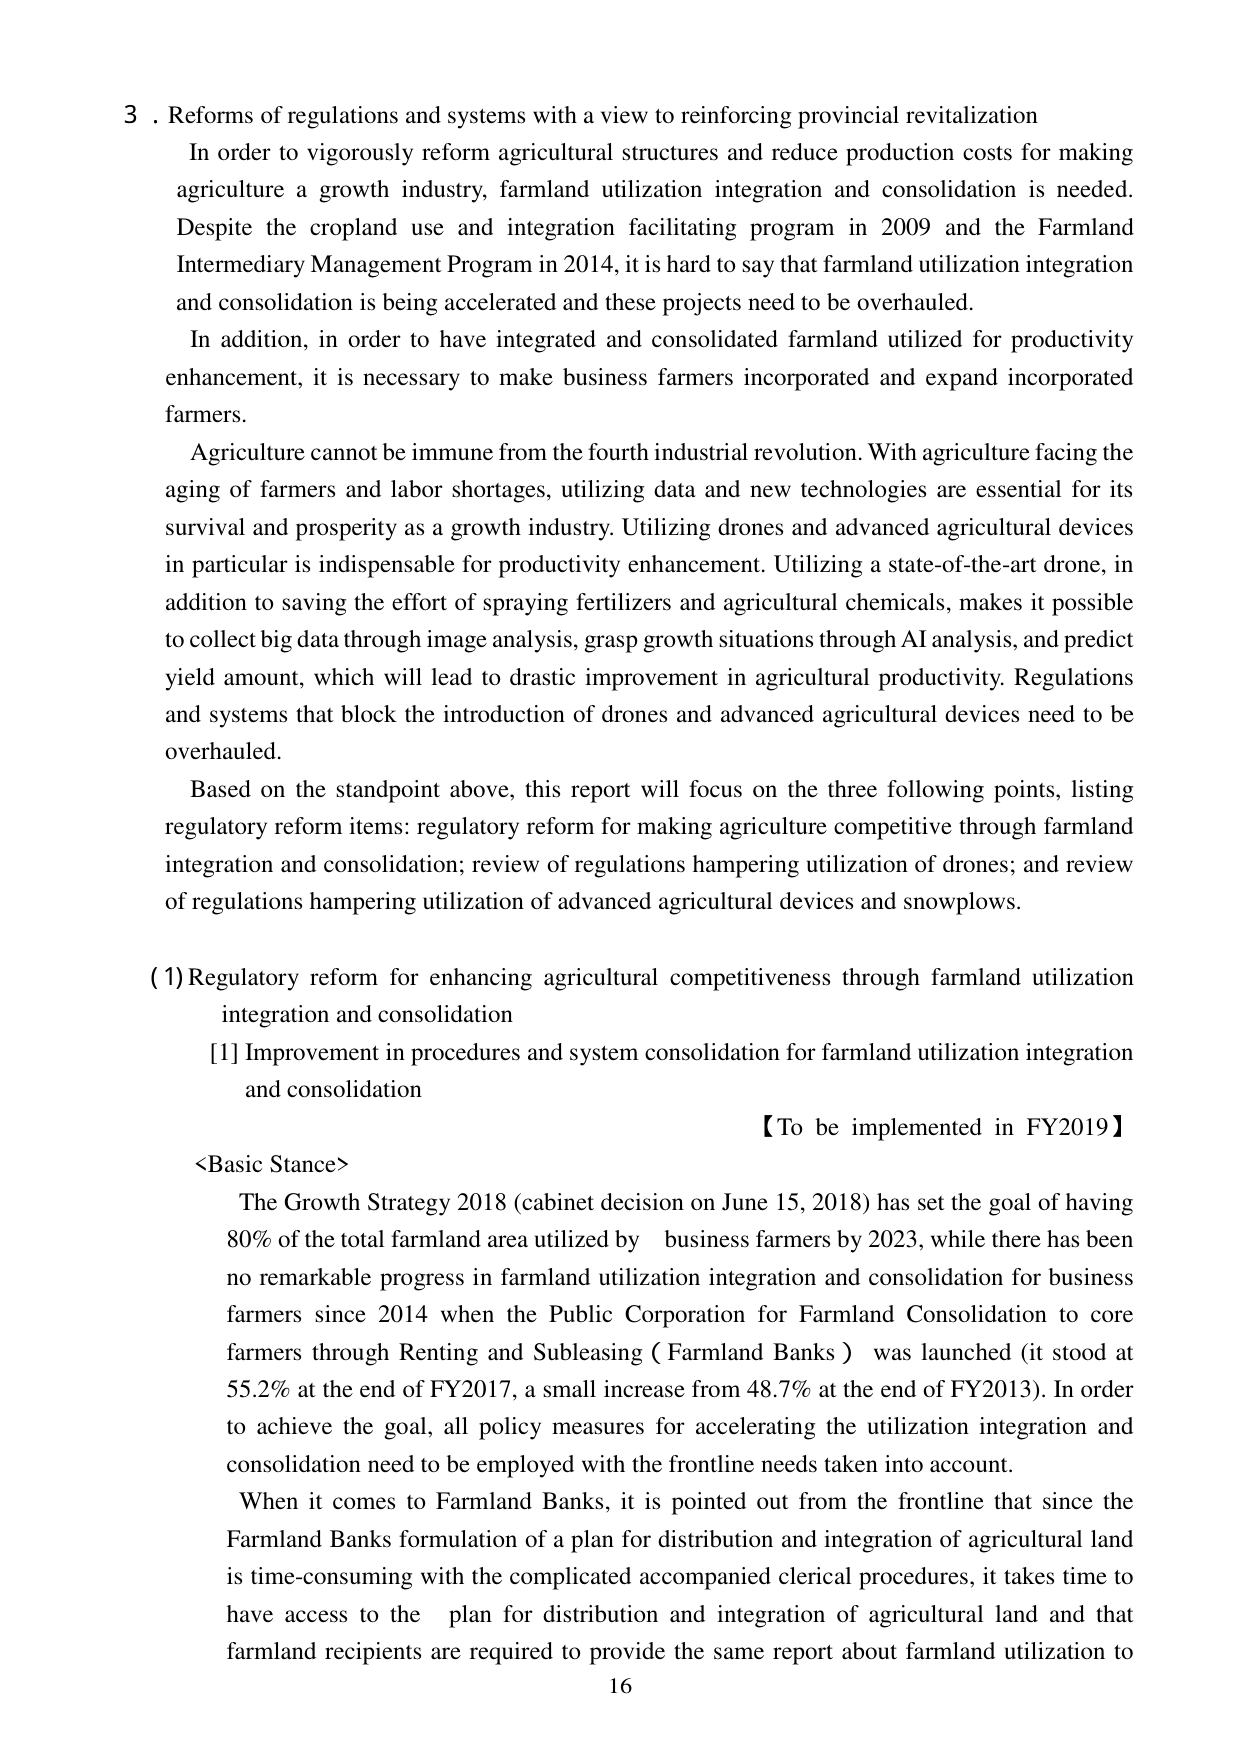
3. Reforms of regulations and systems with a view to reinforcing provincial revitalization
In order to vigorously reform agricultural structures and reduce production costs for making agriculture a growth industry, farmland utilization integration and consolidation is needed. Despite the cropland use and integration facilitating program in 2009 and the Farmland Intermediary Management Program in 2014, it is hard to say that farmland utilization integration and consolidation is being accelerated and these projects need to be overhauled.
In addition, in order to have integrated and consolidated farmland utilized for productivity enhancement, it is necessary to make business farmers incorporated and expand incorporated farmers.
Agriculture cannot be immune from the fourth industrial revolution. With agriculture facing the aging of farmers and labor shortages, utilizing data and new technologies are essential for its survival and prosperity as a growth industry. Utilizing drones and advanced agricultural devices in particular is indispensable for productivity enhancement. Utilizing a state-of-the-art drone, in addition to saving the effort of spraying fertilizers and agricultural chemicals, makes it possible to collect big data through image analysis, grasp growth situations through AI analysis, and predict yield amount, which will lead to drastic improvement in agricultural productivity. Regulations and systems that block the introduction of drones and advanced agricultural devices need to be overhauled.
Based on the standpoint above, this report will focus on the three following points, listing regulatory reform items: regulatory reform for making agriculture competitive through farmland integration and consolidation; review of regulations hampering utilization of drones; and review of regulations hampering utilization of advanced agricultural devices and snowplows.
(1) Regulatory reform for enhancing agricultural competitiveness through farmland utilization integration and consolidation
[1] Improvement in procedures and system consolidation for farmland utilization integration and consolidation
【To be implemented in FY2019】
<Basic Stance>
The Growth Strategy 2018 (cabinet decision on June 15, 2018) has set the goal of having 80% of the total farmland area utilized by business farmers by 2023, while there has been no remarkable progress in farmland utilization integration and consolidation for business farmers since 2014 when the Public Corporation for Farmland Consolidation to core farmers through Renting and Subleasing ( Farmland Banks ) was launched (it stood at 55.2% at the end of FY2017, a small increase from 48.7% at the end of FY2013). In order to achieve the goal, all policy measures for accelerating the utilization integration and consolidation need to be employed with the frontline needs taken into account.
When it comes to Farmland Banks, it is pointed out from the frontline that since the Farmland Banks formulation of a plan for distribution and integration of agricultural land is time-consuming with the complicated accompanied clerical procedures, it takes time to have access to the plan for distribution and integration of agricultural land and that farmland recipients are required to provide the same report about farmland utilization to
16